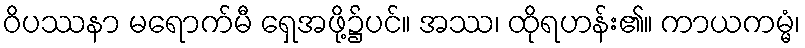
ဝိပဿနာ မရောက်မီ ရှေအဖို့၌ပင်။ အဿ၊ ထိုရဟန်း၏။ ကာယကမ္မံ၊